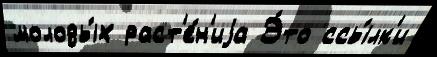
молоды́х раст'е́н'иjа Э́то ссы́лк'и